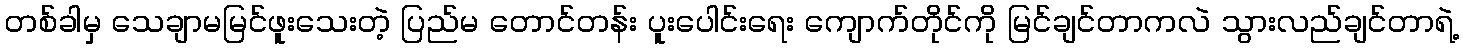
တစ်ခါမှ သေချာမမြင်ဖူးသေးတဲ့ ပြည်မ တောင်တန်း ပူးပေါင်းရေး ကျောက်တိုင်ကို မြင်ချင်တာကလဲ သွားလည်ချင်တာရဲ့